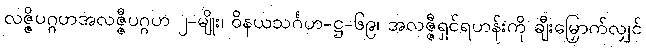
လဇ္ဇိပဂ္ဂဟအလဇ္ဇီပဂ္ဂဟ ၂-မျိုး၊ ဝိနယသင်္ဂဟ-ဋ္ဌ-၆၉၊ အလဇ္ဇီရှင်ရဟန်းကို ချီးမြှောက်လျှင်